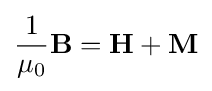
{\frac {1}{\mu _{0}}}\mathbf {B} =\mathbf {H} +\mathbf {M}